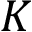
K